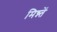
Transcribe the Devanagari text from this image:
मिन्न्तें